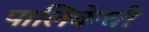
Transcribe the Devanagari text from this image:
पालिकेची